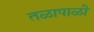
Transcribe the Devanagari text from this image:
तळापाळी